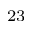
^ { 2 3 }